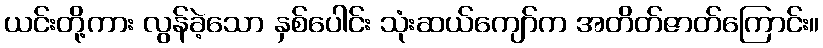
ယင်းတို့ကား လွန်ခဲ့သော နှစ်ပေါင်း သုံးဆယ်ကျော်က အတိတ်ဇာတ်ကြောင်း။